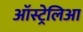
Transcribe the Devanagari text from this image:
ऑस्ट्रेलिआ